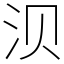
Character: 𬇙